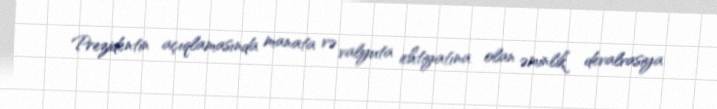
Prezidentin açıqlamasında manata və valyuta ehtiyatına olan əminlik devalvasiya